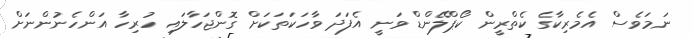
ނަމަވެސް އެމެރިކާގެ ކެތްރީން ކޯޕްލޭންޑް ވަނީ އެފަދަ ވާހަކަތަކަށް ގޮންޖަހާލައި ހުރިހާ އަންހެނުންނަށް